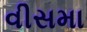
વીસમા